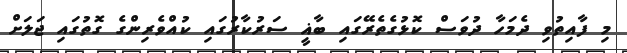
މި ފާއިތުވި ދެމަހާ ދުވަސް ކޮޅުގެތެރޭގައި ބާޣީ ސަރުކާރުގައި ކުއްވެރިންގެ ގޮތުގައި ޖަލަށް